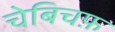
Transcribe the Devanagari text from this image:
चेबिचफ़